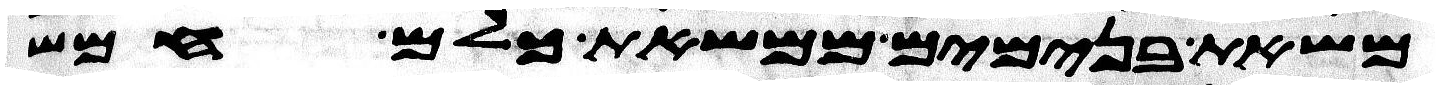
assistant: משאת בנימים ממשאת כלם חמש